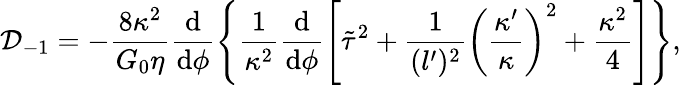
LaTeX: \mathcal{D}_{-1}=-\frac{8\kappa^{2}}{G_{0}\eta}\frac{\mathrm{d}}{\mathrm{d}\phi}\left\{ \frac{1}{\kappa^{2}}\frac{\mathrm{d}}{\mathrm{d}\phi}\left[\tilde{\tau}^{2}+\frac{1}{(l^{\prime})^{2}}\left(\frac{\kappa^{\prime}}{\kappa}\right)^{2}+\frac{\kappa^{2}}{4}\right]\right\} ,